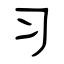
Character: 习